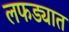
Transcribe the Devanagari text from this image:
लफड्यात